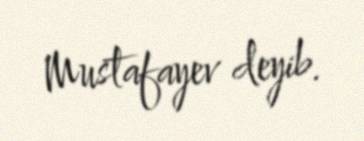
Mustafayev deyib.